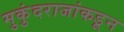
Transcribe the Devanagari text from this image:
मुकुंदराजांकडून